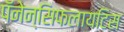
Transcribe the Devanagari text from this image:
पॅनेन्सिफलायटिस